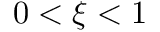
0 < \xi < 1